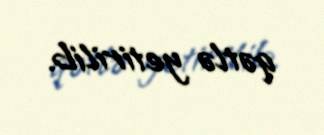
qətlə yetirilib.